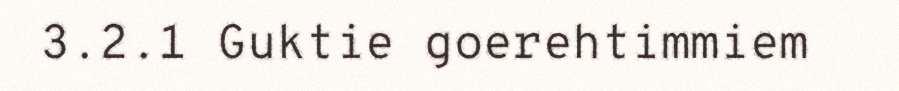
3.2.1 Guktie goerehtimmiem